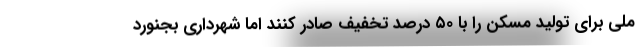
ملی برای تولید مسکن را با ۵۰ درصد تخفیف صادر کنند اما شهرداری بجنورد